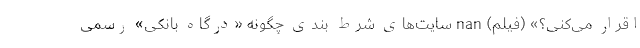
اقرار می‌کنی؟» (فیلم) nan سایت‌های شرط بندی چگونه «درگاه بانکی» رسمی